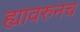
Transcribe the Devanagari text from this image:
ह्यावरुनच